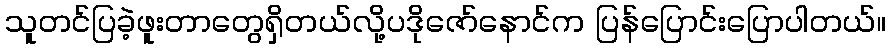
သူတင်ပြခဲ့ဖူးတာတွေရှိတယ်လို့ပဒိုဇော်နောင်က ပြန်ပြောင်းပြောပါတယ်။